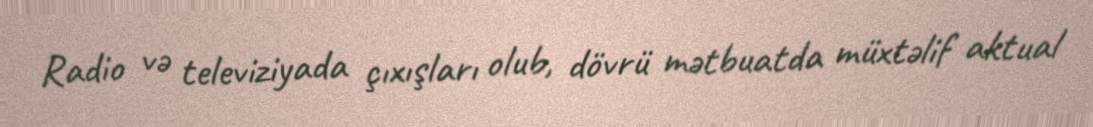
Radio və televiziyada çıxışları olub, dövrü mətbuatda müxtəlif aktual